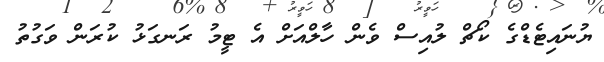
ޔުނައިޓެޑްގެ ކޯޗް ލުއިސް ވެން ހާލްއަށް އެ ޓީމު ރަނގަޅު ކުރަން ވަގުތު